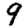
Digit: 9